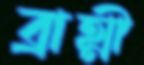
ব্রাহ্মী